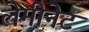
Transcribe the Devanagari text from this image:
लेमीनेट